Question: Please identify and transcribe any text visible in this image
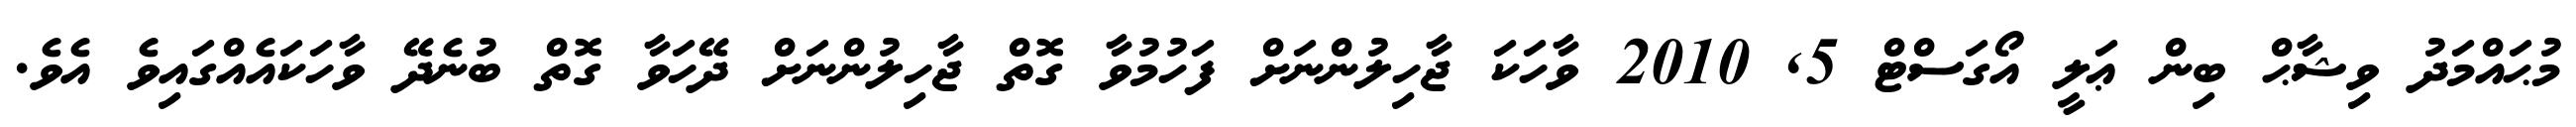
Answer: މުޙައްމަދު ވިޝާޙް ބިން ޢަލީ އޯގަސްޓް 5, 2010 ވާހަކަ ޖާހިލުންނަށް ފަހުމުވާ ގޮތް ޖާހިލުންނަށް ދޭހަވާ ގޮތް ބުނެދޭ ވާހަކައެއްގައިވެ އެވެ.